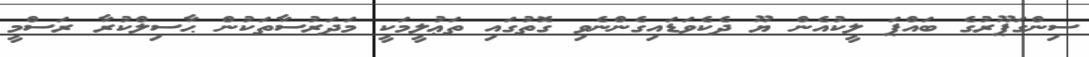
ސިންގަޕޫރުގެ ބައްޕަ ލީކުއެން ޔޫ ދެކެވަޑައިގެންނެވި ގޮތުގައި ތަޢުލީމަކީ މަދަރުސާތަކުން ޙާސިލްކުރާ ރަސްމީ